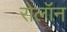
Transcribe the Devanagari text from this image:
रोलॉन